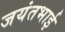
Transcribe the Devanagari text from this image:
जयंतभाई